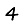
Digit: 4